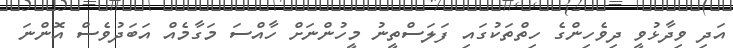
އަދި ވިދާޅުވީ ދިވެހިންގެ ހިތްތަކުގައި ފަލަސްތީނު މީހުންނަށް ހާއްސަ މަގާމެއް އަބަދުވެސް އޮންނަ